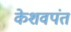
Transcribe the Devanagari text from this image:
केशवपंत